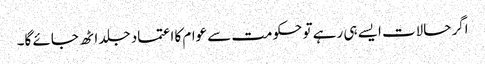
اگر حالات ایسے ہی رہے تو حکومت سے عوام کا اعتماد جلد اٹھ جائے گا۔